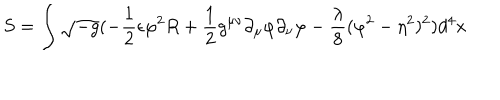
S = \int \sqrt { - g } ( - \frac { 1 } { 2 } \epsilon \varphi ^ { 2 } R + \frac { 1 } { 2 } g ^ { \mu \nu } \partial _ { \mu } \varphi \partial _ { \nu } \varphi - \frac { \lambda } { 8 } ( \varphi ^ { 2 } - \eta ^ { 2 } ) ^ { 2 } ) d ^ { 4 } x